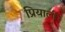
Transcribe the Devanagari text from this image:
प्रियाली